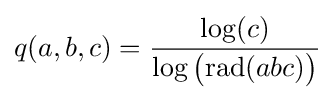
q(a,b,c)={\frac {\log(c)}{\log {\big (}{\textrm {rad}}(abc){\big )}}}